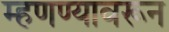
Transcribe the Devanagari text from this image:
म्हणण्यावरून